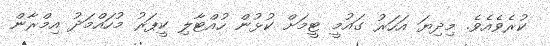
ކުރެވެއެވެ. މިދިޔަ އަހަރު ގައުމީ ޓީމަށް ކުޅުން ހުއްޓާލި ކީޕަރު މުހައްމަދު އިމްރާން